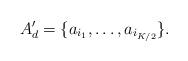
LaTeX: \begin{align*}A_d'= \{ a_{i_1}, \dots, a_{i_{K/2}} \}.\end{align*}